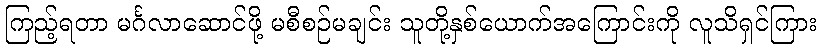
ကြည့်ရတာ မင်္ဂလာဆောင်ဖို့ မစီစဉ်မချင်း သူတို့နှစ်ယောက်အကြောင်းကို လူသိရှင်ကြား